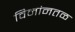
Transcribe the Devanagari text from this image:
विमांनतळ